Annual administration and progress report of the Indian Medical Department, Bombay
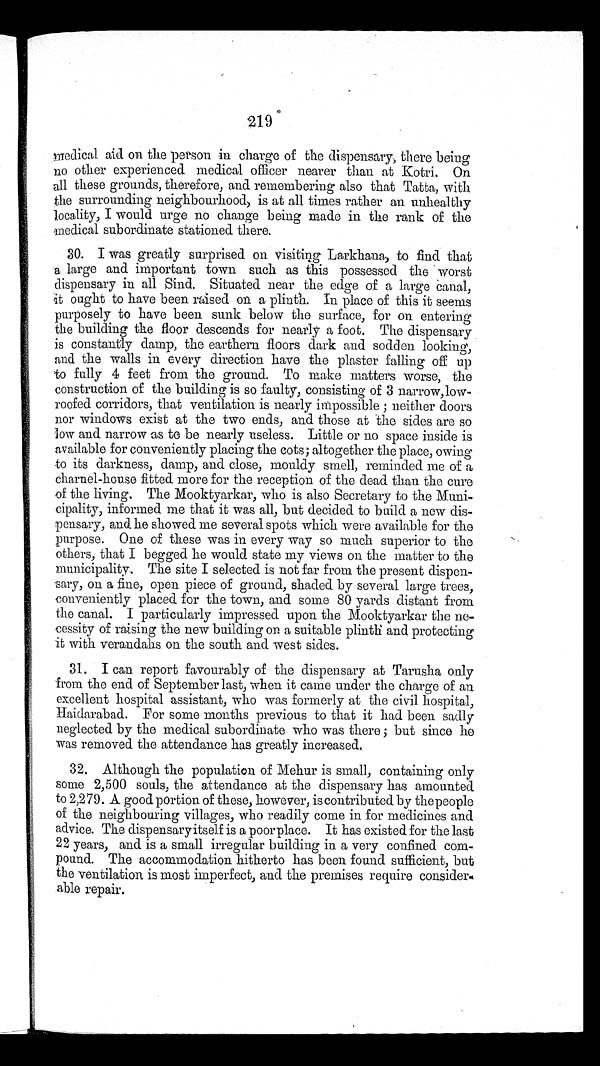
219
medical aid on the person in charge of the dispensary, there being
no other experienced medical officer nearer than at Kotri. On
all these grounds, therefore, and remembering also that Tatta, with
the surrounding neighbourhood, is at all times rather an unhealthy
locality, I would urge no change being made in the rank of the
medical subordinate stationed there.
30. I was greatly surprised on visiting Larkhana, to find that
a large and important town such as this possessed the worst
dispensary in all Sind. Situated near the edge of a large canal,
it ought to have been raised on a plinth. In place of this it seems
purposely to have been sunk below the surface, for on entering
the building the floor descends for nearly a foot. The dispensary
is constantly damp, the earthern floors dark and sodden looking,
and the walls in every direction have the plaster falling off up
to fully 4 feet from the ground. To make matters worse, the
construction of the building is so faulty, consisting of 3 narrow, low
-roofed corridors, that ventilation is nearly impossible ; neither doors
nor windows exist at the two ends, and those at the sides are so
low and narrow as to be nearly useless. Little or no space inside is
available for conveniently placing the cots; altogether the place, owing
to its darkness, damp, and close, mouldy smell, reminded me of a
charnel-house fitted more for the reception of the dead than the cure
of the living. The Mooktyarkar, who is also Secretary to the Muni
-cipality, informed me that it was all, but decided to build a new dis
-pensary, and he showed me several spots which were available for the
purpose. One of these was in every way so much superior to the
others, that I begged he would state my views on the matter to the
municipality. The site I selected is not far from the present dispen
-sary, on a fine, open piece of ground, shaded by several large trees,
conveniently placed for the town, and some 80 yards distant from
the canal. I particularly impressed upon the Mooktyarkar the ne
-cessity of raising the new building on a suitable plinth and protecting
it with verandahs on the south and west sides.
31. I can report favourably of the dispensary at Tarusha only
from the end of September last, when it came under the charge of an
excellent hospital assistant, who was formerly at the civil hospital,
Haidarabad. For some months previous to that it had been sadly
neglected by the medical subordinate who was there ; but since he
was removed the attendance has greatly increased.
32. Although the population of Mehur is small, containing only
some 2,500 souls, the attendance at the dispensary has amounted
to 2,279. A good portion of these, however, is contributed by the people
of the neighbouring villages, who readily come in for medicines and
advice. The dispensary itself is a poor place. It has existed for the last
22 years, and is a small irregular building in a very confined com
-pound. The accommodation hitherto has been found sufficient, but
the ventilation is most imperfect, and the premises require consider-
able repair.